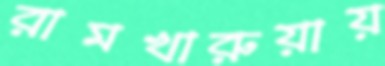
রামখারুয়ায়